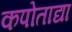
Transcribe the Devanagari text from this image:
कपोताद्या